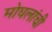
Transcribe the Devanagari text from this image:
मोघलांची